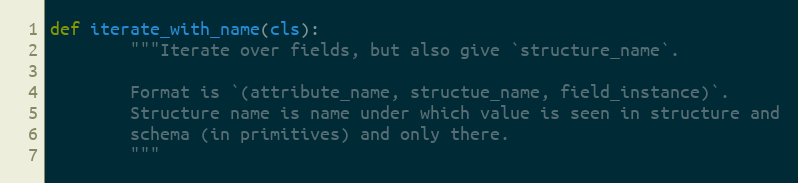
Language: Python
def iterate_with_name(cls):
        """Iterate over fields, but also give `structure_name`.

        Format is `(attribute_name, structue_name, field_instance)`.
        Structure name is name under which value is seen in structure and
        schema (in primitives) and only there.
        """